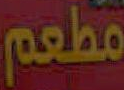
مطعم